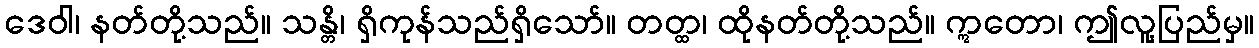
ဒေဝါ၊ နတ်တို့သည်။ သန္တိ၊ ရှိကုန်သည်ရှိသော်။ တတ္ထ၊ ထိုနတ်တို့သည်။ ဣတော၊ ဤလူ့ပြည်မှ။